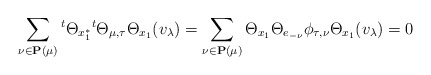
\begin{align*}\sum_{\nu\in\mathbf{P}(\mu)}{}^{t}\Theta_{x_1^*}{}^{t}\Theta_{\mu,\tau}\Theta_{x_1}(v_\lambda)=\sum_{\nu\in\mathbf{P}(\mu)}\Theta_{x_1}\Theta_{e_{-\nu}}\phi_{\tau,\nu}\Theta_{x_1}(v_\lambda)=0\end{align*}